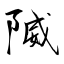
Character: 隇